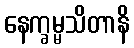
နေက္ခမ္မသိတာနိ